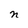
Character: n